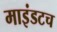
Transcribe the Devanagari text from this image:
माइंडटच